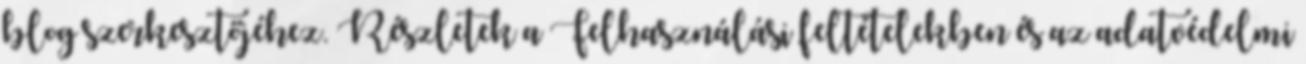
blog szerkesztőjéhez. Részletek a Felhasználási feltételekben és az adatvédelmi